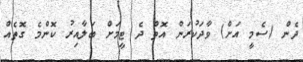
ދެން (ސެމީ އަށް) ވާދަކުރަން އޮތް ދެ ޓީމަށް ބަލާއިރު ކޮންމެ ގޮތެއް